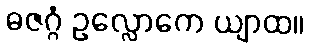
ဓဇဂ္ဂံ ဥလ္လောကေ ယျာထ။